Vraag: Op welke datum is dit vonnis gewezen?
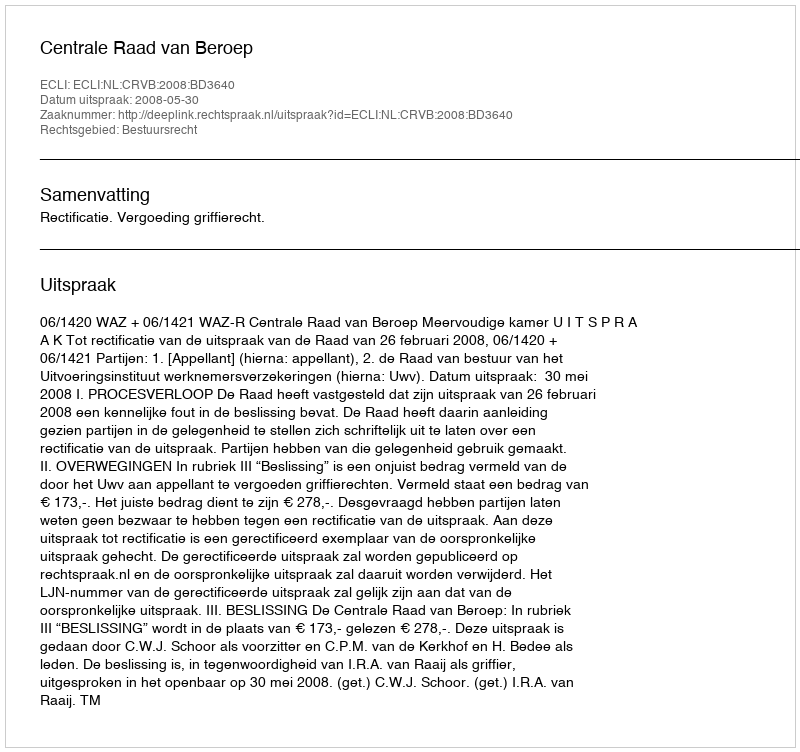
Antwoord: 2008-05-30